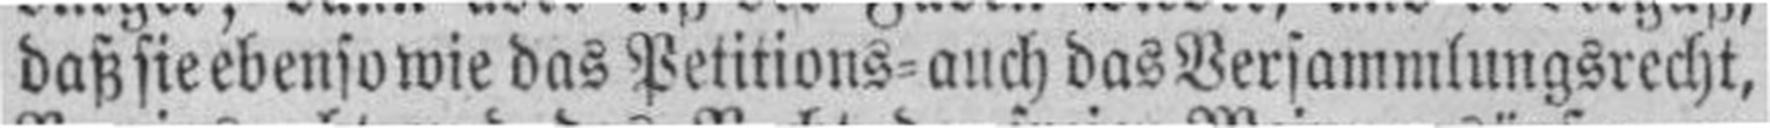
daß sie ebenso wie das Petitions- auch das Versammlungsrecht,